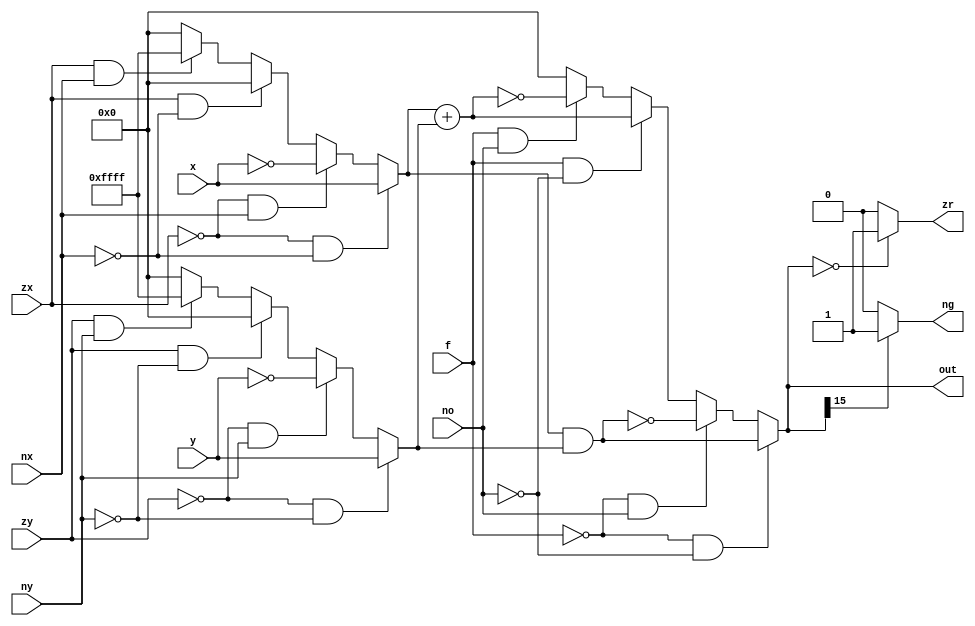
/**
 *
 * The ALU (Arithmetic Logic Unit).
 * Computes one of the following functions:
 * x+y, x-y, y-x, 0, 1, -1, x, y, -x, -y, !x, !y,
 * x+1, y+1, x-1, y-1, x&y, x|y on two 16-bit inputs, 
 * according to 6 input bits denoted zx,nx,zy,ny,f,no.
 * In addition, the ALU computes two 1-bit outputs:
 * if the ALU output == 0, zr is set to 1; otherwise zr is set to 0;
 * if the ALU output < 0, ng is set to 1; otherwise ng is set to 0.
 *
 * Implementation: the ALU logic manipulates the x and y inputs
 * and operates on the resulting values, as follows:
 * if (zx == 1) set x = 0        // 16-bit constant
 * if (nx == 1) set x = !x       // bitwise not
 * if (zy == 1) set y = 0        // 16-bit constant
 * if (ny == 1) set y = !y       // bitwise not
 * if (f == 1)  set out = x + y  // integer 2's complement addition
 * if (f == 0)  set out = x & y  // bitwise and
 * if (no == 1) set out = !out   // bitwise not
 * if (out == 0) set zr = 1
 * if (out < 0) set ng = 1
 *
 **/

module ALU (
    input [15:0] x,     // x input 
    input [15:0] y,     // y input
    input zx,           // zero the x input?
    input nx,           // bitwise negate the x input?
    input zy,           // zero the y input?
    input ny,           // bitwise negate the y input?
    input f,            // compute out = x + y (if 1) or x & y (if 0)
    input no,           // negate the out output?

    output [15:0] out,  // 16-bit output
    output zr,          // 1 if (out == 0), 0 otherwise
    output ng           // 1 if (out < 0),  0 otherwise
);

    wire [15:0] signed_out;
    wire [15:0] opnd_A;
    wire [15:0] opnd_B;
    
    // precondition the operands
    assign opnd_A = (zx == 0 && nx == 0) ?  x :
                    (zx == 0 && nx == 1) ? ~x :
                    (zx == 1 && nx == 0) ?  0 : 
                    (zx == 1 && nx == 1) ? ~0 : 0;    
    assign opnd_B = (zy == 0 && ny == 0) ?  y :
                    (zy == 0 && ny == 1) ? ~y :
                    (zy == 1 && ny == 0) ?  0 :
                    (zy == 1 && ny == 1) ? ~0 : 0;
    
    // perform the operation
    assign out = (f == 0 && no == 0) ? opnd_A & opnd_B :
                 (f == 0 && no == 1) ? ~(opnd_A & opnd_B) :
                 (f == 1 && no == 0) ? opnd_A + opnd_B :
                 (f == 1 && no == 1) ? ~(opnd_A + opnd_B) : 0;
                 
    // set the status flags                 
    assign zr = (out == 0) ? 1 : 0;
    assign ng = (out[15] == 1) ? 1 : 0;
    
endmodule